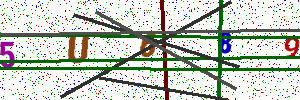
Text: 5U689